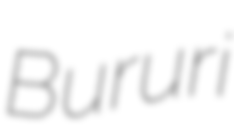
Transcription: Bururi